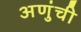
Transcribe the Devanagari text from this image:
अणुंची